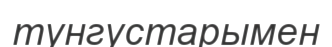
тунгустарымен